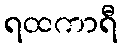
ရထကာရီ